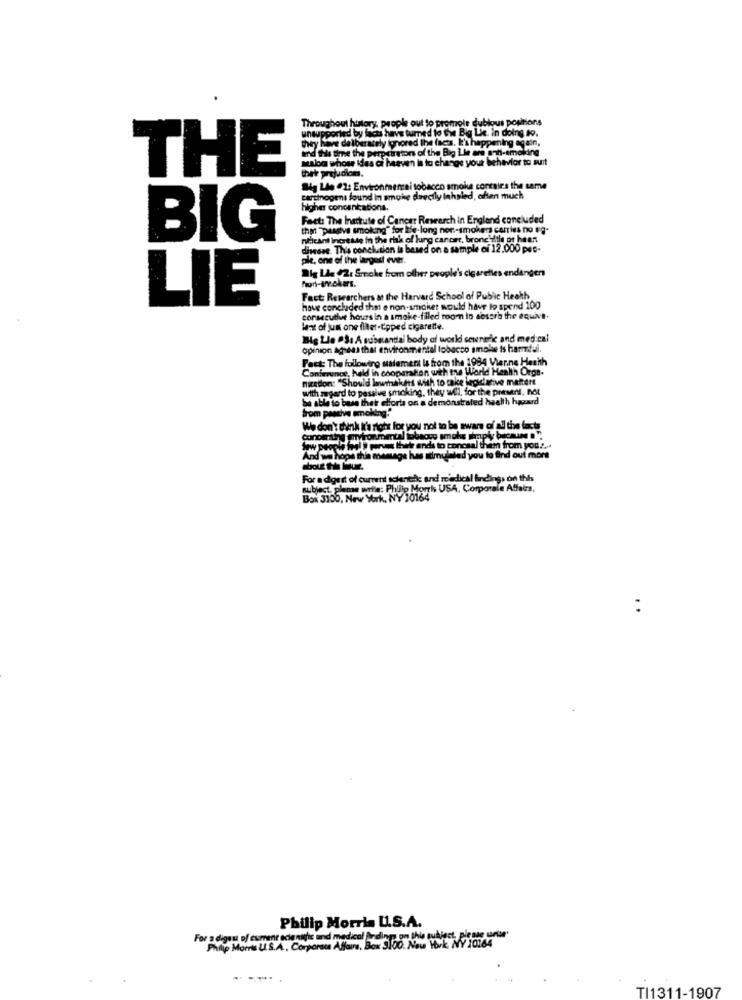
Throughout history, people out to promote dubious positions
positions
unsupported by facts havs tumed to the Big Lie. in doing to.
they have deliberately ignored the facts. E's happening again,
and this time the perprintors of the Big Lle are enti-smoking
malom whose Ides ci heaven la to change your behavior to suit
thek prejudiom.
THE
Wy Lle @1: Environmensai tobacco smoke corcairs the same
carcinogens found in smoke daectly lahsled, aften much
higher concencations.
Fact: The Insitute of Cancer Research in England concluded
that "passive smoking" for Ble-long nor-smokers carries no #g.
BIG
placani Increase in the risk of lung cancer, bronchitle ot heen
diese. This conclusion is based on a sample of 12.000 pas-
ple, one of the largest ever.
The Lia #2: Smoke from other people's cigarettes endanger
fion-smokers.
Fact: Researchers at the Harvard School of Public Health
LIE
have concluded that e non-smoker would have to spend 100
consecutive hours in a smoke-filled room to absorb the equiva.
lent of jum one flater-tipped cigarette.
Big Lle .S: A substantial body of world soured and medical
opinion ageas that environmental tobacco smoke is harmful.
Fact: The following statement Is from the 1984 Vierne Health
Conference, held in cooperation with the World Health Orga-
nicedon: "Should lawmakers with to take legislative mantert
with regard to passive smoking, they will, for the presentf, not
be able to base their efforts on a demonstrated health hazard
from peadivs smoking."
We don't think it's right for you not to be aware of all the facts
W tos " porus thel ends to conceal them
When them from you ?...
opa this message has simulated you to find out more
For a digest of current scientific and medical findings on this
subject. please wohle: Phillip Morris USA, Corporate Affairs,
Phillip Mort
wrk, NY 30164
Philip Morris U.S.A.
For a digsu of current edie nais and medical ärding on this subject, plestg urlun'
Philip Morris U.S.A ., Corporate Affairs, Box 3.00. New York NY 10164
TI1311-1907